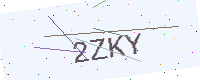
Text: 2ZKY